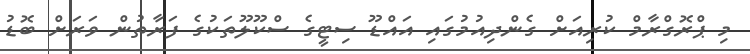
މި ޕްރޮގްރާމް ކުރިއަށް ގެންދިއުމުގައި އައްޑޫ ސިޓީގެ ސްކޫލޫތަކުގެ ފަރާތުން ވަރަށް ބޮޑު